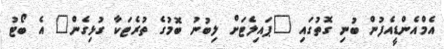
އެމްއެންޑީއެފުން ބުނި ގޮތުގައި "ޕައިލެޓަށް ލިބުނު ބޮމުގެ ތުރެޓަކާ ގުޅިގެން" އެ ބޯޓު